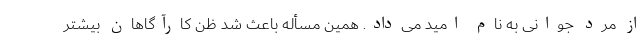
از مرد جوانی به نام امید می‌داد. همین مسأله باعث شد ظن کارآگاهان بیشتر